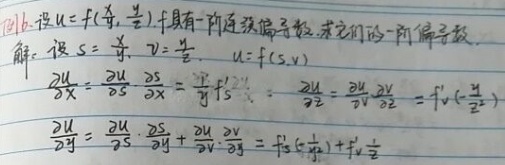
例7.6 设 \(u = f(\frac{x}{y}, \frac{y}{z})\) 具有一阶连续偏导数，求它们的一阶偏导数。

解：设 \(s=\frac{x}{y}\)，\(v = \frac{y}{z}\)，\(u = f(s,v)\)

\[
\begin{align*}
\frac{\partial u}{\partial x}&=\frac{\partial u}{\partial s}\frac{\partial s}{\partial x}=\frac{1}{y}f_{s}'\\
\frac{\partial u}{\partial z}&=\frac{\partial u}{\partial v}\frac{\partial v}{\partial z}=f_{v}'\left(-\frac{y}{z^{2}}\right)\\
\frac{\partial u}{\partial y}&=\frac{\partial u}{\partial s}\frac{\partial s}{\partial y}+\frac{\partial u}{\partial v}\frac{\partial v}{\partial y}=f_{s}'\left(-\frac{x}{y^{2}}\right)+f_{v}'\frac{1}{z}
\end{align*}
\]